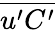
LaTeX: \overline{{u^{\prime}C^{\prime}}}